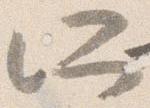
所